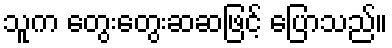
သူက တွေးတွေးဆဆဖြင့် ပြောသည်။